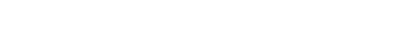
ကြိုတင်စဉ်းစားထားဖို့ သတိပေးလိုက်ပါတယ်။